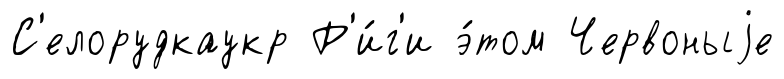
С'елорудкаукр Р'и́г'и э́том Червоныjе